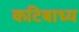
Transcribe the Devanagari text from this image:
कटिबाध्य